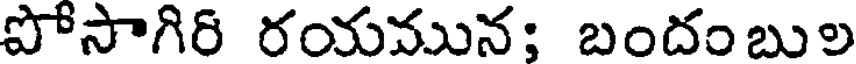
పోసాగిరి రయమున; బందంబుల